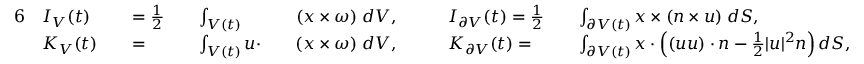
\begin{array} { r l r l r l r l r l r l } { { 6 } } & { \boldsymbol { I } _ { V } ( t ) } & & { = \frac { 1 } { 2 } } & & { \int _ { V ( t ) } } & & { ( \boldsymbol { x } \times \boldsymbol { \omega } ) \; d V , \quad } & & { \boldsymbol { I } _ { \partial V } ( t ) = \frac { 1 } { 2 } } & & { \int _ { \partial V ( t ) } \boldsymbol { x } \times ( \boldsymbol { n } \times \boldsymbol { u } ) \; d S , } \\ & { K _ { V } ( t ) } & & { = } & & { \int _ { V ( t ) } \boldsymbol { u } \cdot } & & { ( \boldsymbol { x } \times \boldsymbol { \omega } ) \; d V , \quad } & & { K _ { \partial V } ( t ) = } & & { \int _ { \partial V ( t ) } \boldsymbol { x } \cdot \left( ( \boldsymbol { u } \boldsymbol { u } ) \cdot \boldsymbol { n } - \frac { 1 } { 2 } \lvert \boldsymbol { u } \rvert ^ { 2 } \boldsymbol { n } \right) d S , } \end{array}